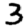
Digit: 3